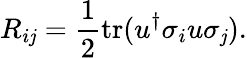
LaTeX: R_{i\mathit{j}}=\frac{{1}}{{2}}{\mathop{\textrm{{tr}}}}(u^{\dagger}\sigma_{i}u\sigma_{\mathit{j}}).